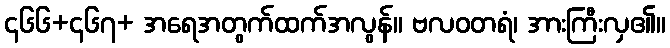
၄၆၆+၄၆၇+ အရေအတွက်ထက်အလွန်။ ဗလဝတရံ၊ အားကြီးလှ၏။